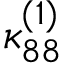
\kappa _ { 8 8 } ^ { ( 1 ) }